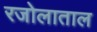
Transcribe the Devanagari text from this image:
रजोलाताल